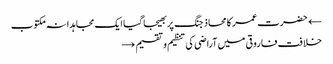
← حضرت عمر کا محاذ جنگ پر بھیجا گیا ایک مجاہدانہ مکتوب
خلافت فاروقی میں آراضی کی تنظیم و تقسیم →